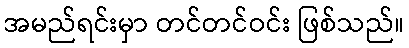
အမည်ရင်းမှာ တင်တင်ဝင်း ဖြစ်သည်။